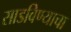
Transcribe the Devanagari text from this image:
साडविण्याचा